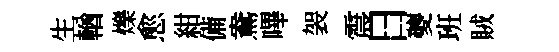
生輶爍愈紺備鴦嗶袈震日夔班賊